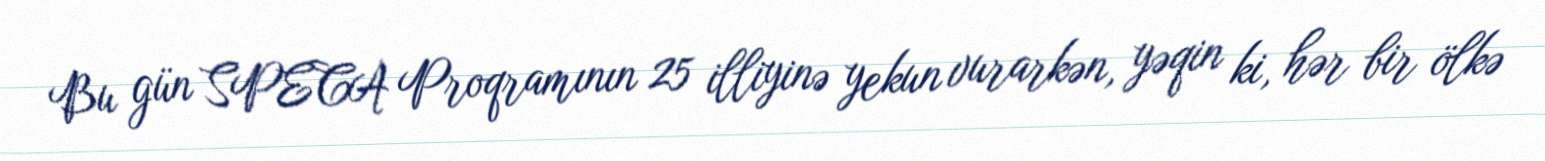
Bu gün SPECA Proqramının 25 illiyinə yekun vurarkən, yəqin ki, hər bir ölkə